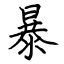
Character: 暴